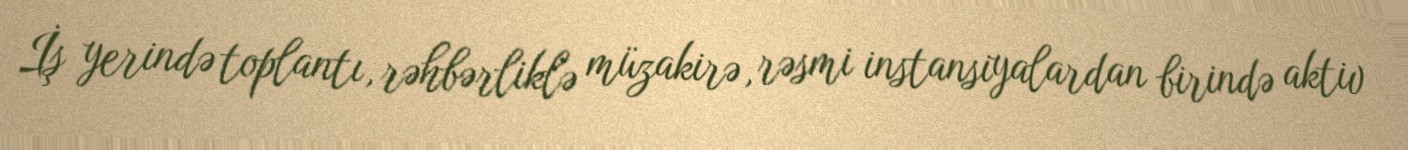
İş yerində toplantı, rəhbərliklə müzakirə, rəsmi instansiyalardan birində aktiv